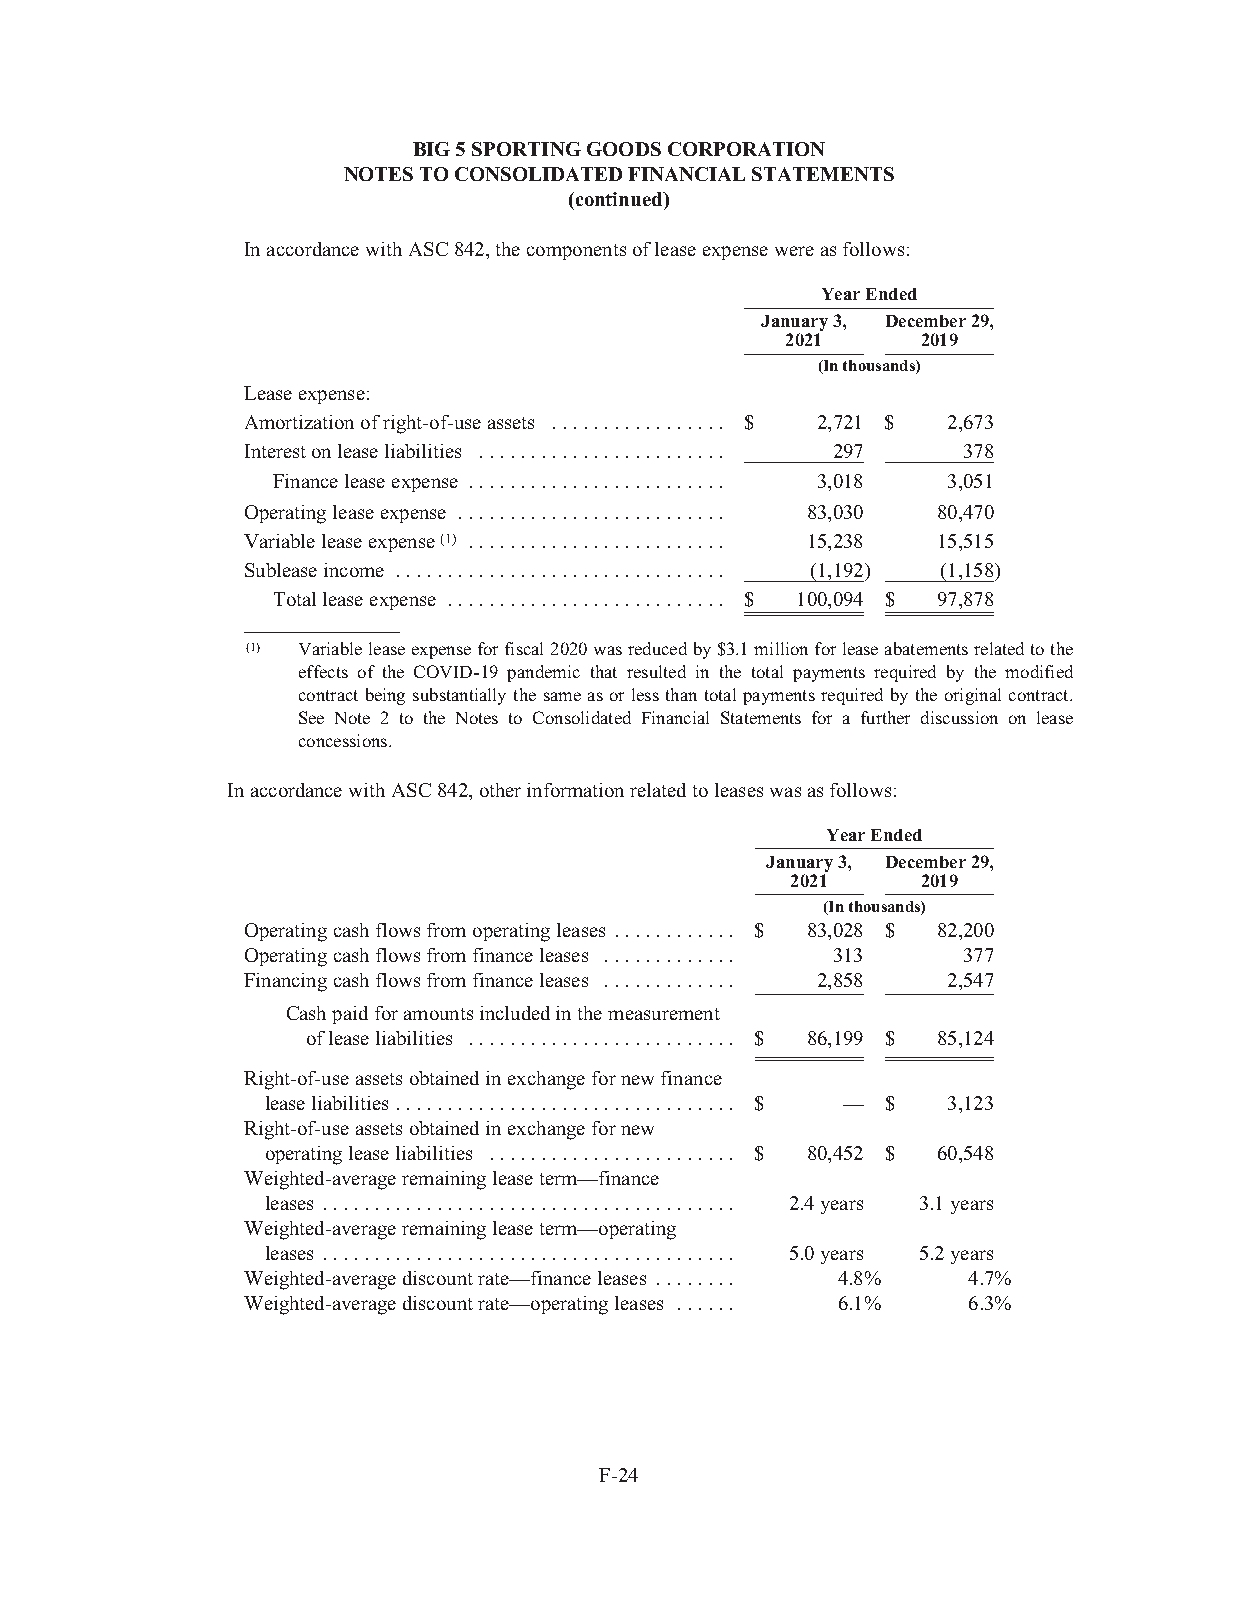
BIG5SPORTINGGOODSCORPORATION
 NOTESTOCONSOLIDATEDFINANCIALSTATEMENTS
 (continued)
 InaccordancewithASC842,thecomponentsofleaseexpensewereasfollows:
 YearEnded
 January3, December29,
 2021     2019
 (Inthousands)
 Leaseexpense:
 Amortizationofright-of-useassets ................. $ 2,721 $ 2,673
 Interestonleaseliabilities ........................ 297 378
 Financeleaseexpense ......................... 3,018 3,051
 Operatingleaseexpense .......................... 83,030 80,470
 Variableleaseexpense(1) ......................... 15,238 15,515
 Subleaseincome ................................ (1,192) (1,158)
 Totalleaseexpense ........................... $ 100,094 $ 97,878
 (1) Variableleaseexpenseforfiscal2020wasreducedby$3.1millionforleaseabatementsrelatedtothe
 effects of the COVID-19 pandemic that resulted in the total payments required by the modified
 contractbeingsubstantiallythesameasorlessthantotalpaymentsrequiredbytheoriginalcontract.
 See Note 2 to the Notes to Consolidated Financial Statements for a further discussion on lease
 concessions.
 InaccordancewithASC842,otherinformationrelatedtoleaseswasasfollows:
 YearEnded
 January3, December29,
 2021     2019
 (Inthousands)
 Operatingcashflowsfromoperatingleases ............ $ 83,028 $ 82,200
 Operatingcashflowsfromfinanceleases ............. 313 377
 Financingcashflowsfromfinanceleases ............. 2,858 2,547
 Cashpaidforamountsincludedinthemeasurement
 ofleaseliabilities .......................... $ 86,199 $ 85,124
 Right-of-useassetsobtainedinexchangefornewfinance
 leaseliabilities................................. $ — $ 3,123
 Right-of-useassetsobtainedinexchangefornew
 operatingleaseliabilities ........................ $ 80,452 $ 60,548
 Weighted-averageremainingleaseterm—finance
 leases ........................................ 2.4years 3.1years
 Weighted-averageremainingleaseterm—operating
 leases ........................................ 5.0years 5.2years
 Weighted-averagediscountrate—financeleases ........ 4.8% 4.7%
 Weighted-averagediscountrate—operatingleases ...... 6.1% 6.3%
 F-24